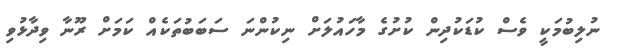
ނުލިބުމަކީ ވެސް ކުޑަކުދިން ކުށުގެ މާހައުލަށް ނިކުންނަ ސަބަބުތަކެއް ކަމަށް ރޫނާ ވިދާޅުވި